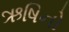
ઋષિનો